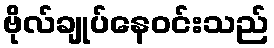
ဗိုလ်ချုပ်နေဝင်းသည်